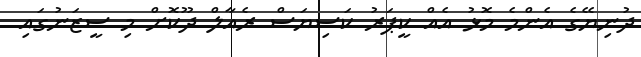
ދުނިޔޭގެ އެންމެ މޮޅު އެއް ކީޕަރު ކަސިޔަސް ރެއާލް ދޫކޮށް މި ސީޒަނުގައި